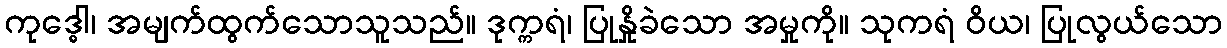
ကုဒ္ဓေါ၊ အမျက်ထွက်သောသူသည်။ ဒုက္ကရံ၊ ပြုနှိုခဲသော အမှုကို။ သုကရံ ဝိယ၊ ပြုလွယ်သော